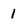
Character: l